Lunatic asylums Madras 1892-1911 - 1892-1911
Year: 1892
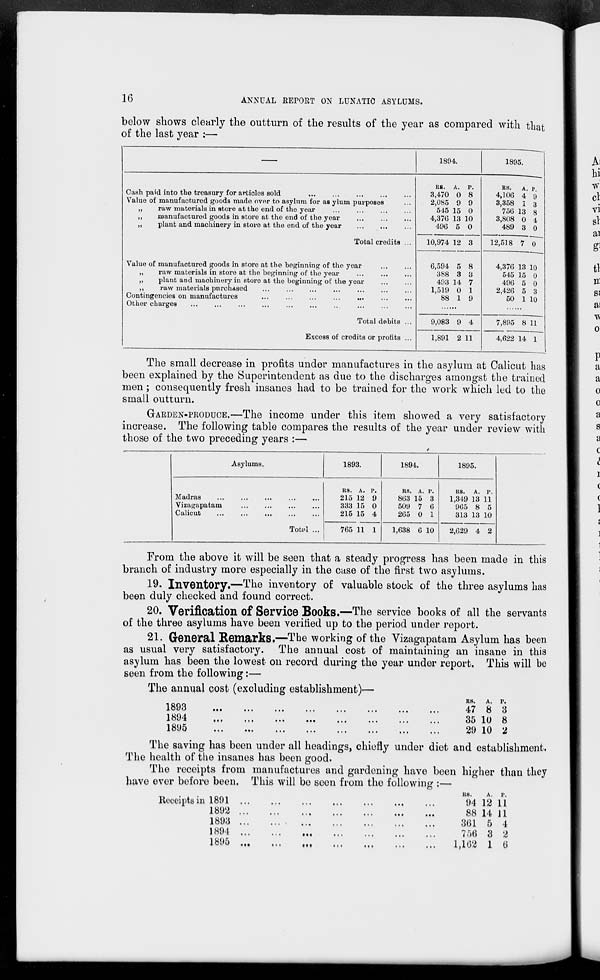
16
ANNUAL REPORT ON LUNATIC ASYLUMS.
below shows clearly the outturn of the results of the year as compared with that
of the last year :—
1894.
1895.
Cash paid into the treasury for articles sold
Value of manufactured goods made over to asylum for as ylum purposes
„
raw materials in store at the end of the year
„
manufactured goods in store at the end of the year
„
plant and machinery in store at the end of the year
Total credits ...
Value of manufactured goods in store at the beginning of the year
„
raw materials in store at the beginning of the year
„
plant and machinery in store at the beginning of the year
,,
raw materials purchased
Contingencies on manufactures
...
...
...
...
...
Other charges
Total debits ...
Excess of credits or profits ...
R8. A. P.
3,470 0 8
2,085 9 9
545 15 0
4,376 13 10
496 5 0
RS.
A. p
4,106 4 9
3,358 1 3
756 13 8
3,808 0 4
489 3 0
10,974 12 3
12,518 7 0
6,594 5 8
388 3 3
493 14 7
1,519 0 1
88 1 9
4,376 13 10
545 15 0
496 5 0
2,426 5 3
50 1 10
9,083 9 4
7,895 8 11
1,891 2 11
4,622 14 1
The small decrease in profits under manufactures in the asylum at Calicut has
been explained by the Superintendent as due to the discharges amongst the trained
men ; consequently fresh insanes had to be trained for the work which led to the
small outturn.
GARDEN-PRODUCE.—The income under this item showed a very satisfactory
increase. The following table compares the results of the year under review with
those of the two preceding years :—
Asylums.
1893.
1894.
1895.
Madras
Vizagapatam
Calicut
Totid
R8. A. P.
215 12 9
333 15 0
215 15 4
765 11 1
RS. A. P.
863 15 3
509 7 6
265 0 1
1,638 6 10
RS.
A. P.
1,349 13 11
965 8 5
313 13 10
2,629 4 2
From the above it will be seen that a steady progress has been made in this
branch of industry more especially in the case of the first two asylums.
19. Inventory.—The inventory of valuable stock of the three asylums has
been duly checked and found correct.
20. Verification Of Service Books.—The service books of all the servants
of the three asylums have been verified up to the period under report.
21. General Remarks.—The working of the Vizagapatam Asylum has been
as usual very satisfactory. The annual cost of maintaining an insane in this
asylum has been the lowest on record during the year under report. This will be
seen from the following:—
The annual cost (excluding establishment)—
1893
1894
1895
RS.
A.
P.
47 8 3
35 10 8
29 10 2
The saving has been under all headings, chiefly under diet and establishment.
The health of the insanes has been good.
The receipts from manufactures and gardening have been higher than they
have ever before been. This will be seen from the following :—
Roceipts in 1891
1892
1893
1894
1895
RS.
A.
P.
94 12 11
88 14 11
3(31 5 4
766 3 2
1,102 1 6